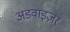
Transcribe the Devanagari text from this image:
अडवाइज़र